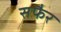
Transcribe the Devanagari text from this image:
सफैर